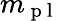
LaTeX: m_{\mathrm{~p~l~}}